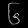
Digit: ၆